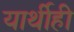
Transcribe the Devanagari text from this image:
यार्थीही